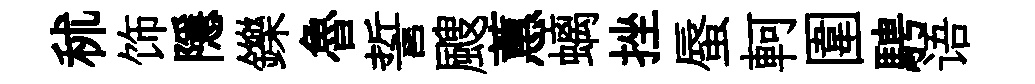
秫饰隱鑠魯誓颼蕙螭挫蜃軻圍騁语